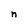
Character: n